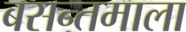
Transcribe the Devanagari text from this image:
बसन्तमाला